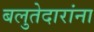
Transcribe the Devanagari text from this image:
बलुतेदारांना